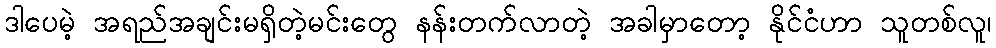
ဒါပေမဲ့ အရည်အချင်းမရှိတဲ့မင်းတွေ နန်းတက်လာတဲ့ အခါမှာတော့ နိုင်ငံဟာ သူတစ်လူ၊